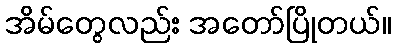
အိမ်တွေလည်း အတော်ပြိုတယ်။